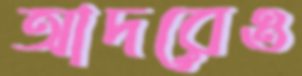
আদরেও